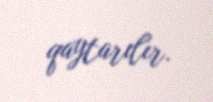
qaytarılır.